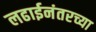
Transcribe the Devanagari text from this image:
लढाईनंतरच्या